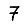
Digit: 7